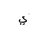
Letter: _ya